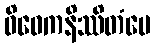
ဝိဝေကနိဿိတံပေ